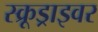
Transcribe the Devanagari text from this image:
स्क्रूड्राइवर